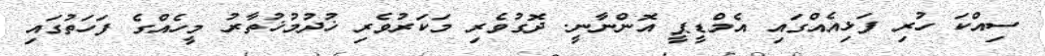
ސިއްކަ ހުރި ފަޅިއެއްގައި އެމްޑީޕީ އޮންނާނީ. ދޮގުވެރި މަކަރުވެރި ޚުދުމުޚުތާރު މީހެއްގެ ފަހަތުގައި